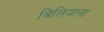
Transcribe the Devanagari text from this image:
बिलियाना